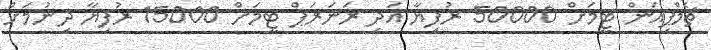
ޗެމްޕިއަން ޓީމަށް 50000 ރުފިޔާ އަދި ރަނަރަޕް ޓީމަށް 15000 ރުފިޔާ ދިނުމަށް